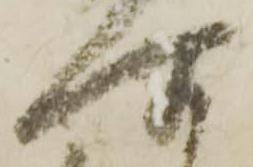
所